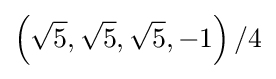
\left({\sqrt {5}},{\sqrt {5}},{\sqrt {5}},-1\right)/4